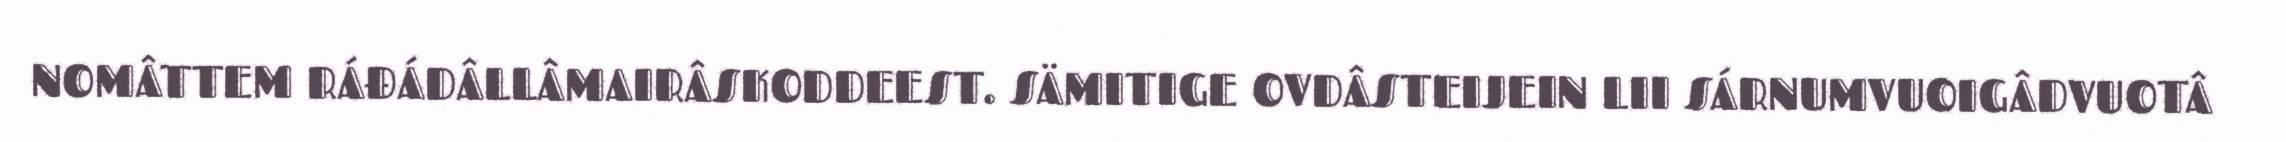
NOMÂTTEM RÁĐÁDÂLLÂMAIRÂSKODDEEST. SÄMITIGE OVDÂSTEIJEIN LII SÁRNUMVUOIGÂDVUOTÂ